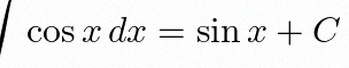
\int \cos x\,dx=\sin x+C